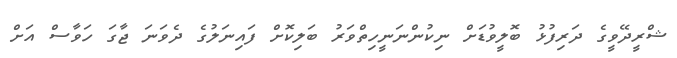
ޝްރީދޭވީގެ ދަރިފުޅު ބޮލީވުޑަށް ނިކުންނަނީހިތްވަރު ބަލިކޮށް ފައިނަލުގެ ދެވަނަ ޖާގަ ހަވާސް އަށް